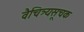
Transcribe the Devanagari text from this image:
वैचित्र्यसूचक